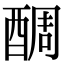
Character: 𨡑